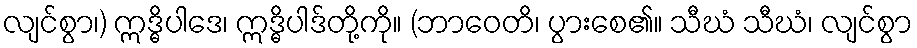
လျင်စွာ၊) ဣဒ္ဓိပါဒေ၊ ဣဒ္ဓိပါဒ်တို့ကို။ (ဘာဝေတိ၊ ပွားစေ၏။ သီဃံ သီဃံ၊ လျင်စွာ